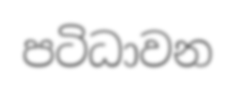
පටිධාවන